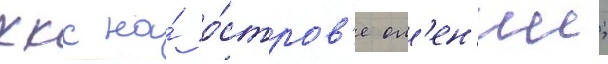
ккс на́ о́стров'е ол'ен'ии;